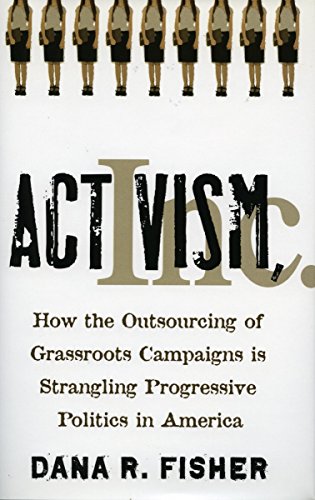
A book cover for Activism, Inc.: How the Outsourcing of Grassroots Campaigns Is Strangling Progressive Politics in America; Dana Fisher; Business & Money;